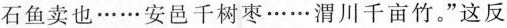
石鱼卖也……安邑千树枣……渭川千亩竹。”这反